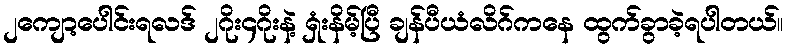
၂ကျော့ပေါင်းရလဒ် ၂ဂိုး၄ဂိုးနဲ့ ရှံးနိမ့်ပြီ ချန်ပီယံလိဂ်ကနေ ထွက်ခွာခဲ့ရပါတယ်။